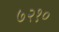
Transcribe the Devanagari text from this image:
७२१०